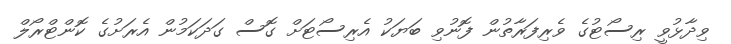
ވިދާޅުވީ ރިސޯޓުގެ ވެރިފަރާތުން ފޮނުވި ބަޔަކު އެރިސޯޓަށް ގޮސް ގަދަކަމުން އެރަށުގެ ކޮންޓްރޯލް